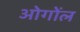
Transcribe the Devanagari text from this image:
ओगोंल